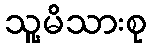
သူ့မိသားစု